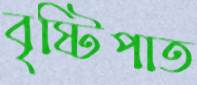
বৃষ্টিপাত